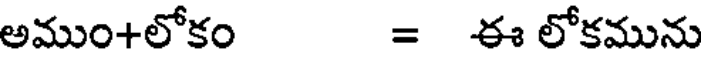
అముం+లోకం = ఈ లోకమును